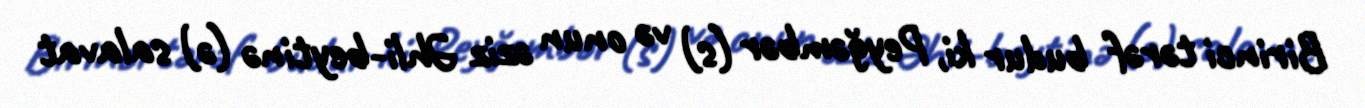
Birinci tərəf budur ki, Peyğəmbər (s) və onun əziz Əhli-beytinə (ə) salavat